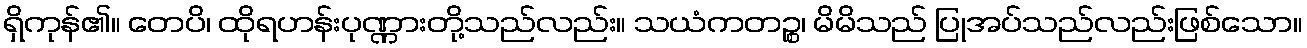
ရှိကုန်၏။ တေပိ၊ ထိုရဟန်းပုဏ္ဏားတို့သည်လည်း။ သယံကတဉ္စ၊ မိမိသည် ပြုအပ်သည်လည်းဖြစ်သော။